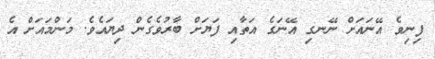
ފިނިވެ އޭނައަށް ނޭނގި އޭނަގެ އަތާއި ފަޔަށް ބާރުވެގެން ދިޔައެވެ. މަންމައަށް އެ